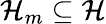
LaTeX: \mathcal{H}_{m}\subseteq\mathcal{H}